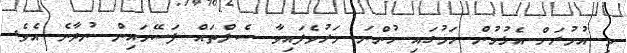
މި އުމުރަށް އެޅުމުން ހަމުގައި ހުންނަ މަރުވެފައިވާ ސެލްތައް ފަސޭހައިން ނުދާނެ އެވެ.